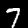
Label: 7